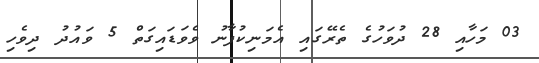
03 މަހާއި 28 ދުވަހުގެ ތެރޭގައި އެމަނިކުފާނު ވެވަޑައިގަތް 5 ވައުދު ދިވެހި